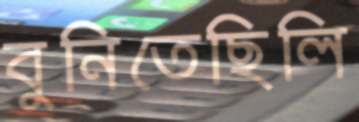
বুনিতেছিলি